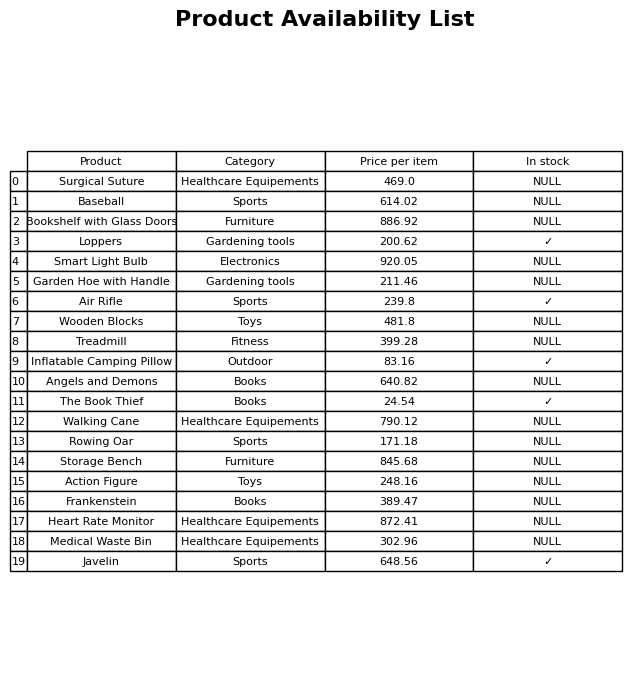
question: What is the price of the Garden Hoe with Handle?
answer: The price of Garden Hoe with Handle is 211.46.